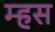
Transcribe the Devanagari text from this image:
म्हस